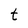
Character: t